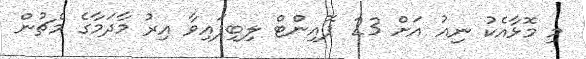
މި މޮޅާއެކު ނިއު އަށް 23 ޕޮއިންޓް ލިބިފައިވާ އިރު މާދަމާގެ މެޗުން